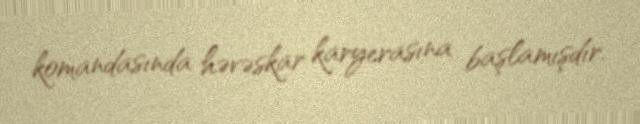
komandasında həvəskar karyerasına başlamışdır.